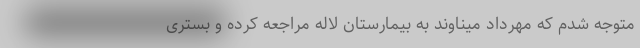
متوجه شدم که مهرداد میناوند به بیمارستان لاله مراجعه کرده و بستری